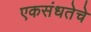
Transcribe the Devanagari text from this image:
एकसंधतेचे